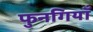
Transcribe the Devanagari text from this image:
फुनगियाँ